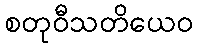
စတုဝီသတိယေဝ